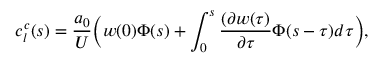
c _ { l } ^ { c } ( s ) = \frac { a _ { 0 } } { U } \bigg ( w ( 0 ) \Phi ( s ) + \int _ { 0 } ^ { s } \frac { ( \partial w ( \tau ) } { \partial \tau } \Phi ( s - \tau ) d \tau \bigg ) ,